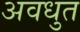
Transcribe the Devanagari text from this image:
अवधुत